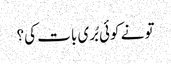
تو نے کوئی بُری بات کی؟